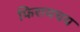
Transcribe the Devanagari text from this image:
फिरायचय